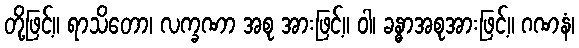
တို့ဖြင့်။ ရာသိတော၊ လက္ခဏာ အစု အားဖြင့်။ ဝါ၊ ခန္ဓာအစုအားဖြင့်။ ဂဏနံ၊